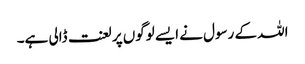
اللہ کے رسول نے ایسے لوگوں پر لعنت ڈالی ہے۔